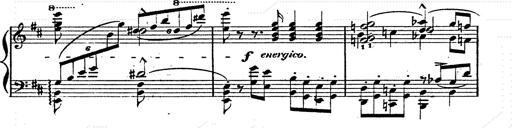
Title: Franz Schuberts geistliche Lieder
Composer: Franz Liszt